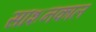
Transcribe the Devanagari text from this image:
साशनकाल